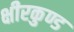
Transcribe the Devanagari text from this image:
क्षीरकुण्ड